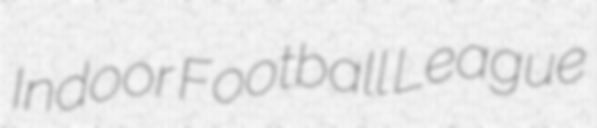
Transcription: Indoor Football League